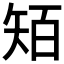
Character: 𥏄